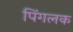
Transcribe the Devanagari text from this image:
पिंगलक